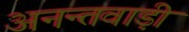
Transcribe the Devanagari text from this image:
अनन्तवाड़ी